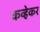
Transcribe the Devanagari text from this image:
कव्हेकर